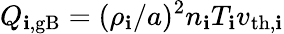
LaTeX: Q_{\mathbf{i},\mathrm{{gB}}}=(\rho_{\mathbf{i}}/a)^{2}n_{\mathbf{i}}T_{\mathbf{i}}v_{\mathrm{{th}},\mathbf{i}}